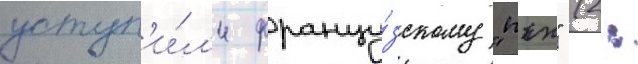
уступ'и́л'и францу́зскому "псж" (2: